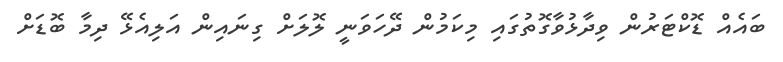
ބައެއް ޑޮކްޓަރުން ވިދާޅުވާގޮތުގައި މިކަމުން ދޭހަވަނީ ލޮލަށް ގިނައިން އަލިއެޅޭ ދިމާ ބޮޑަށް